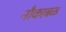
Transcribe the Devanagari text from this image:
नौकाबळ